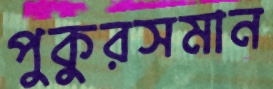
পুকুরসমান